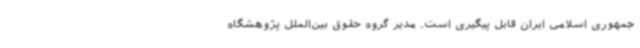
جمهوری اسلامی ایران قابل پیگیری است. مدیر گروه حقوق بین‌الملل پژوهشگاه